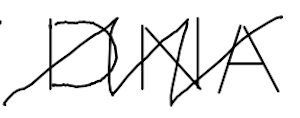
Text: DNA
Cross-out: zig-zag
Writing tool: digital_black